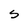
Character: S